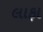
લાફા